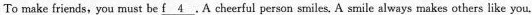
To make friends, you must be \underline{f 4} .A cheerful person smiles. A smile always makes others like you.